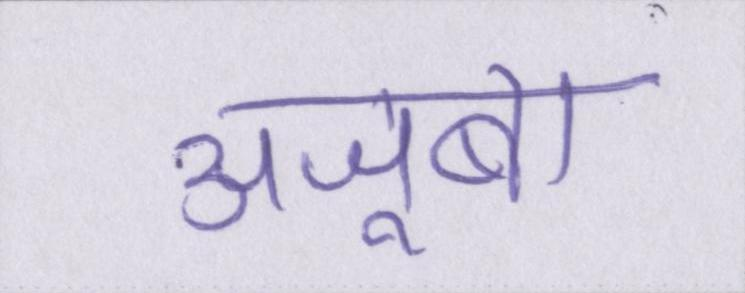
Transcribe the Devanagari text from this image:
अजूबा